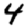
Digit: 4